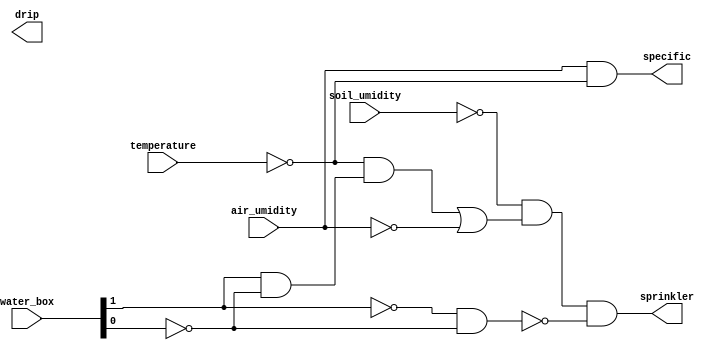
module irrigation(
    input air_umidity,
    input soil_umidity,
    input temperature,
    input [1:0] water_box,
    output sprinkler,
    output drip,
    output specific
);

wire medium_level, empty;
wire [2:0] aux;

and(medium_level, water_box[1], !water_box[0]);
and(empty, !water_box[1], !water_box[0]);

// A = C'  Us' (Ua' + T'  M)
and(aux[0], !temperature, medium_level);
or(aux[1], aux[0], !air_umidity);
and(sprinkler, !soil_umidity, aux[1], !empty);

// G = C'  Us'  Ua  (T + M')
or(aux[2], temperature, !medium_level);
and(aux[2], air_umidity, !soil_umidity, !empty);

// S = Ua  T'
and(specific, air_umidity, !temperature);

endmodule